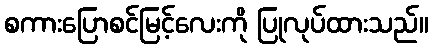
စကားပြောစင်မြင့်လေးကို ပြုလုပ်ထားသည်။